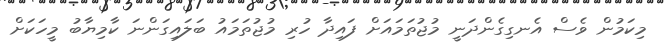
މިކަމުން ވެސް އެނގިގެންދަނީ މުޖުތަމައަށް ފައިދާ ހުރި މުޖުތަމައު ބަލައިގަންނަ ކާމިޔާބު މީހަކަށް